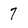
Character: 7